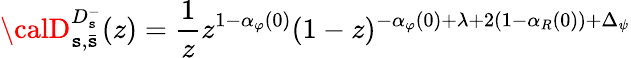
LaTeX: {\calD}_{\mathtt{s},\bar{{\mathtt{s}}}}^{D_{\mathtt{s}}^{-}}(z)=\frac{{1}}{{z}}z^{1-\alpha_{\varphi}(0)}(1-z)^{-\alpha_{\varphi}(0)+\lambda+2(1-\alpha_{R}(0))+\Delta_{\psi}}